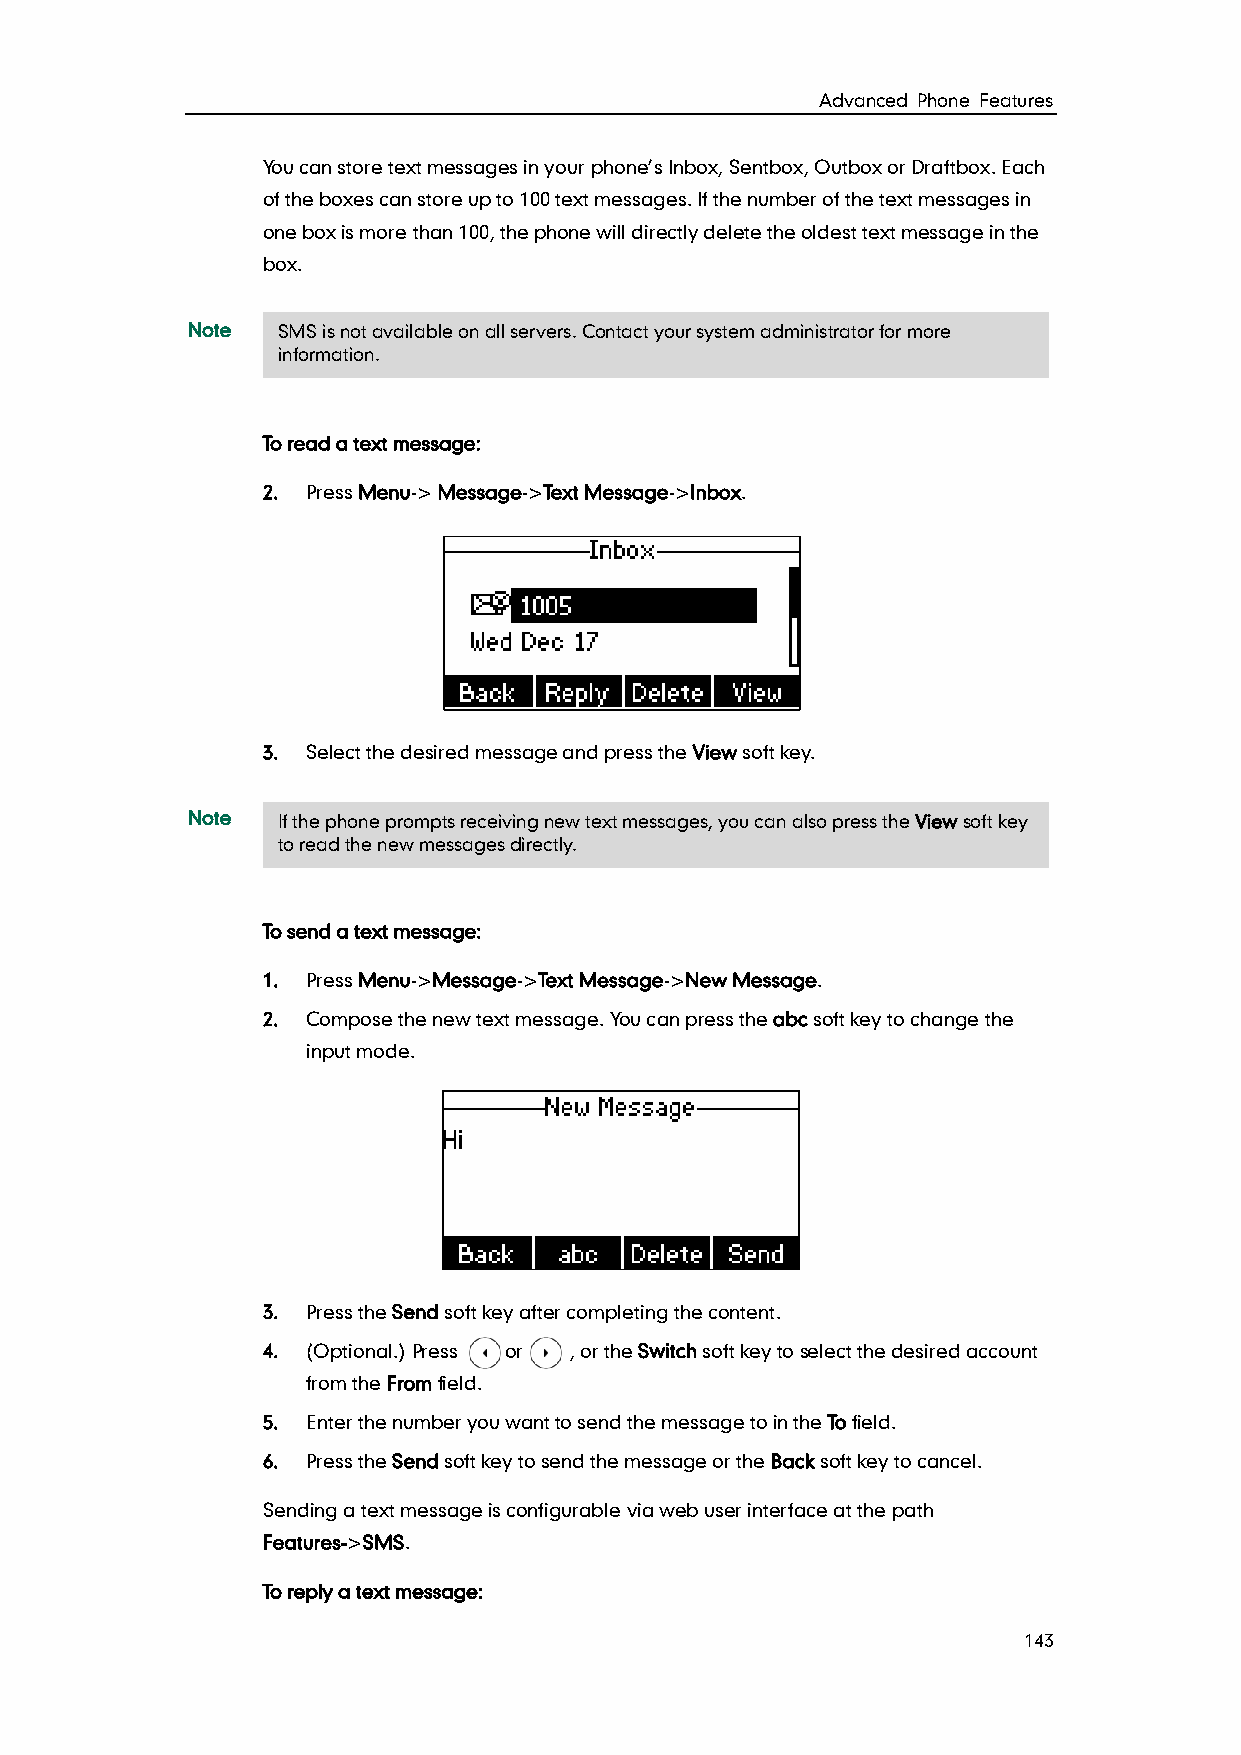
Advanced Phone Features
 You can store text messages in your phone’s Inbox, Sentbox, Outbox or Draftbox. Each
 of the boxes can store up to 100 text messages. If the number of the text messages in
 one box is more than 100, the phone will directly delete the oldest text message in the
 box.
 Note  SMS is not available on all servers. Contact your system administrator for more
 information.
 To read a text message:
 2. Press Menu-> Message->Text Message->Inbox.
 3. Select the desired message and press the View soft key.
 Note  If the phone prompts receiving new text messages, you can also press the View soft key
 to read the new messages directly.
 To send a text message:
 1. Press Menu->Message->Text Message->New Message.
 2. Compose the new text message. You can press the abc soft key to change the
 input mode.
 3. Press the Send soft key after completing the content.
 4. (Optional.) Press or , or the Switch soft key to select the desired account
 from the From field.
 5. Enter the number you want to send the message to in the To field.
 6. Press the Send soft key to send the message or the Back soft key to cancel.
 Sending a text message is configurable via web user interface at the path
 Features->SMS.
 To reply a text message:
 143